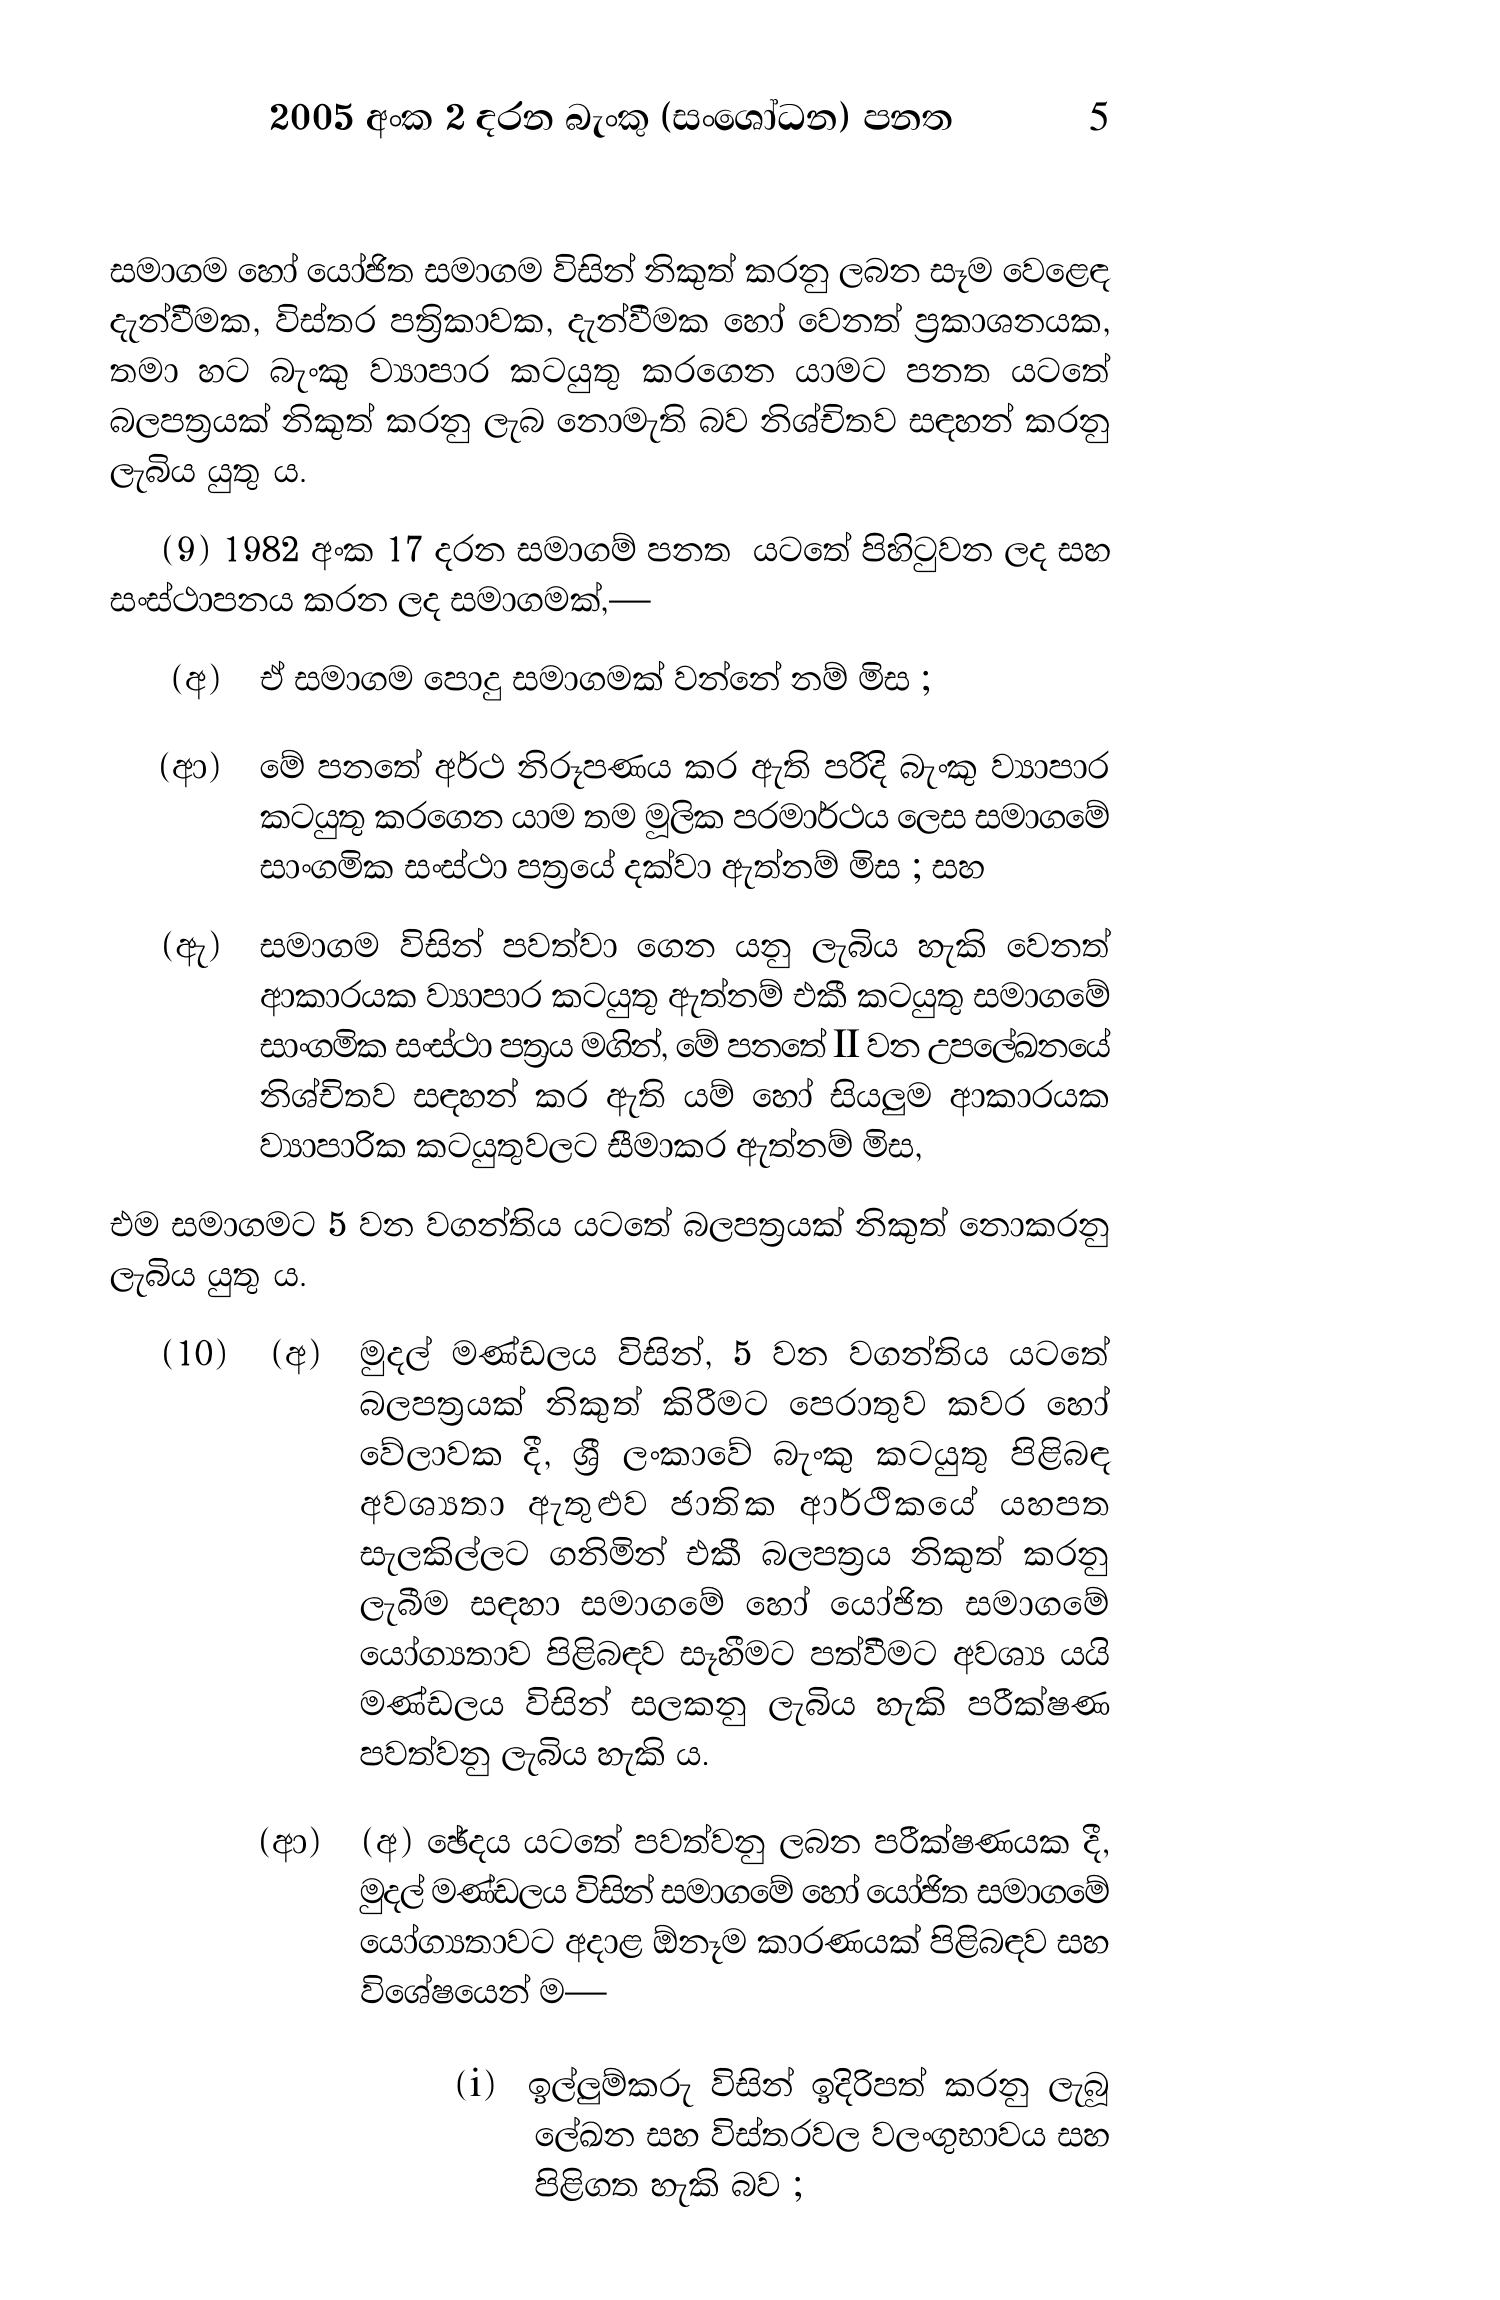
2005 අංක 2 දරන බැංකු (සංශෝධන) පනත 5

සමාගම හෝ යෝජිත සමාගම විසින් නිකුත් කරනු ලබන සෑම වෙළෙඳ
දැන්වීමක, විස්තර පත්‍රිකාවක, දැන්වීමක හෝ වෙනත් ප්‍රකාශනයක,
තමා හට බැංකු ව්‍යාපාර කටයුතු කරගෙන යාමට පනත යටතේ
බලපත්‍රයක් නිකුත් කරනු ලැබ නොමැති බව නිශ්චිතව සඳහන් කරනු
ලැබිය යුතු ය.

(9) 1982 අංක 17 දරන සමාගම් පනත යටතේ පිහිටුවන ලද සහ
සංස්ථාපනය කරන ලද සමාගමක්,—

(අ) ඒ සමාගම පොදු සමාගමක් වන්නේ නම් මිස ;

(ආ) මේ පනතේ අර්ථ නිරූපණය කර ඇති පරිදි බැංකු ව්‍යාපාර
කටයුතු කරගෙන යාම තම මූලික පරමාර්ථය ලෙස සමාගමේ
සාංගමික සංස්ථා පත්‍රයේ දක්වා ඇත්නම් මිස ; සහ

(ඇ) සමාගම විසින් පවත්වා ගෙන යනු ලැබිය හැකි වෙනත්
ආකාරයක ව්‍යාපාර කටයුතු ඇත්නම් එකී කටයුතු සමාගමේ
සාංගමික සංස්ථා පත්‍රය මගින්, මේ පනතේ II වන උපලේඛනයේ
නිශ්චිතව සඳහන් කර ඇති යම් හෝ සියලුම ආකාරයක
ව්‍යාපාරික කටයුතුවලට සීමාකර ඇත්නම් මිස,

එම සමාගමට 5 වන වගන්තිය යටතේ බලපත්‍රයක් නිකුත් නොකරනු
ලැබිය යුතු ය.

(10) (අ) මුදල් මණ්ඩලය විසින්, 5 වන වගන්තිය යටතේ
බලපත්‍රයක් නිකුත් කිරීමට පෙරාතුව කවර හෝ
වේලාවක දී, ශ්‍රී ලංකාවේ බැංකු කටයුතු පිළිබඳ
අවශ්‍යතා ඇතුළුව ජාතික ආර්ථිකයේ යහපත
සැලකිල්ලට ගනිමින් එකී බලපත්‍රය නිකුත් කරනු
ලැබීම සඳහා සමාගමේ හෝ යෝජිත සමාගමේ
යෝග්‍යතාව පිළිබඳව සෑහීමට පත්වීමට අවශ්‍ය යයි
මණ්ඩලය විසින් සලකනු ලැබිය හැකි පරීක්ෂණ
පවත්වනු ලැබිය හැකි ය.

(ආ) (අ) ඡේදය යටතේ පවත්වනු ලබන පරීක්ෂණයක දී,
මුදල් මණ්ඩලය විසින් සමාගමේ හෝ යෝජිත සමාගමේ
යෝග්‍යතාවට අදාළ ඕනෑම කාරණයක් පිළිබඳව සහ
විශේෂයෙන් ම-

(i) ඉල්ලුම්කරු විසින් ඉදිරිපත් කරනු ලැබූ
ලේඛන සහ විස්තරවල වලංගුභාවය සහ
පිළිගත හැකි බව ;